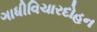
ગાધીવિચારદોહન